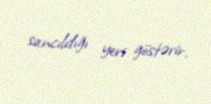
sancıldığı yeri göstərir.